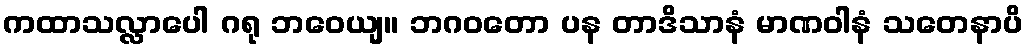
ကထာသလ္လာပေါ ဂရု ဘဝေယျ။ ဘဂဝတော ပန တာဒိသာနံ မာဏဝါနံ သတေနာပိ